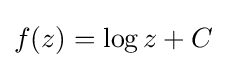
f(z)=\log z+C